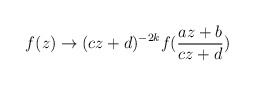
\begin{align*}f(z) \rightarrow (c z + d)^{- 2 k} f(\frac{a z + b}{c z + d})\end{align*}